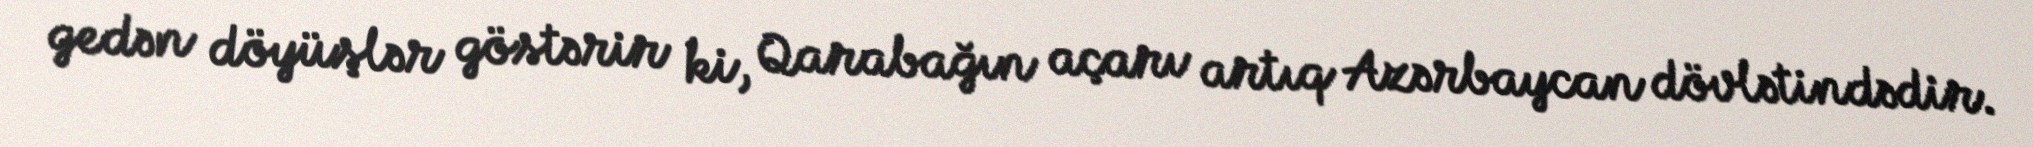
gedən döyüşlər göstərir ki, Qarabağın açarı artıq Azərbaycan dövlətindədir.